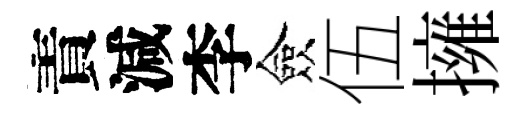
責減李僉伍擁